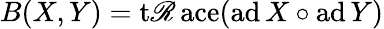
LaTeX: B(X,Y)=\operatorname{t\mathscr{R}ace}(\operatorname{ad}X\circ\operatorname{ad}Y)